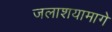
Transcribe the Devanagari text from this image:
जलाशयामागे